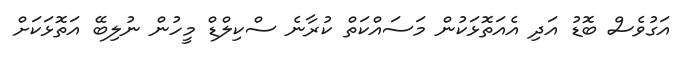
އަގުވެސް ބޮޑު އަދި އެއަތޮޅަކުން މަސައްކަތް ކުރާނެ ސްކިލްޑް މީހުން ނުލިބޭ އަތޮޅަކަށް